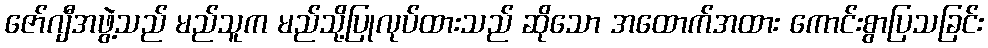
ဇော်ဂျီအဖွဲ့သည် မည်သူက မည်သို့ပြုလုပ်ထားသည် ဆိုသော အထောက်အထား ကောင်းစွာပြသခြင်း